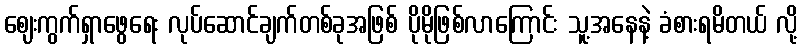
ဈေးကွက်ရှာဖွေရေး လုပ်ဆောင်ချက်တစ်ခုအဖြစ် ပိုမိုဖြစ်လာကြောင်း သူ့အနေနဲ့ ခံစားရမိတယ် လို့